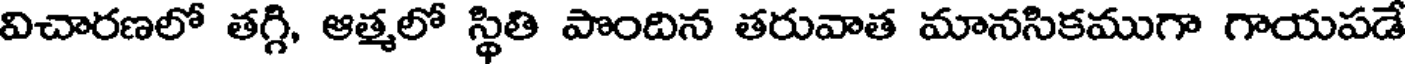
విచారణలో తగ్గి, ఆత్మలో స్థితి పొందిన తరువాత మానసికముగా గాయపడే